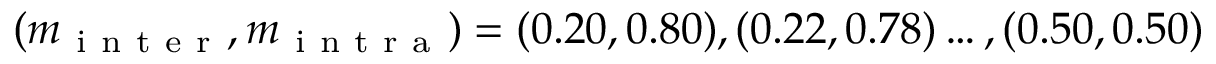
( m _ { \mathrm { ~ i ~ n ~ t ~ e ~ r ~ } } , m _ { \mathrm { ~ i ~ n ~ t ~ r ~ a ~ } } ) = ( 0 . 2 0 , 0 . 8 0 ) , ( 0 . 2 2 , 0 . 7 8 ) \dots , ( 0 . 5 0 , 0 . 5 0 )